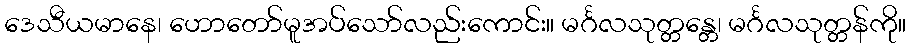
ဒေသီယမာနေ၊ ဟောတော်မူအပ်သော်လည်းကောင်း။ မင်္ဂလသုတ္တန္တေ၊ မင်္ဂလသုတ္တန်ကို။